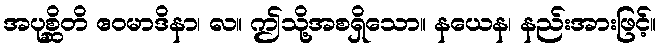
အပုစ္ဆိတိ ဧဝမာဒိနာ၊ လ။ ဤသို့အစရှိသော။ နယေန၊ နည်းအားဖြင့်။